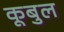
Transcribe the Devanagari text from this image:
कूबुल